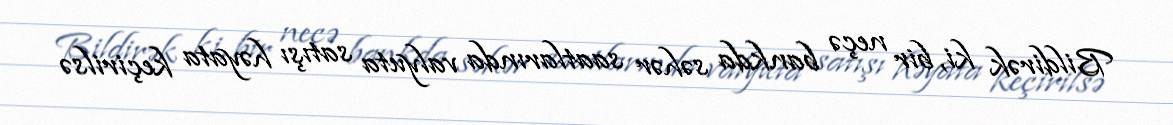
Bildirək ki, bir neçə bankda səhər saatlarında valyuta satışı həyata keçirilsə